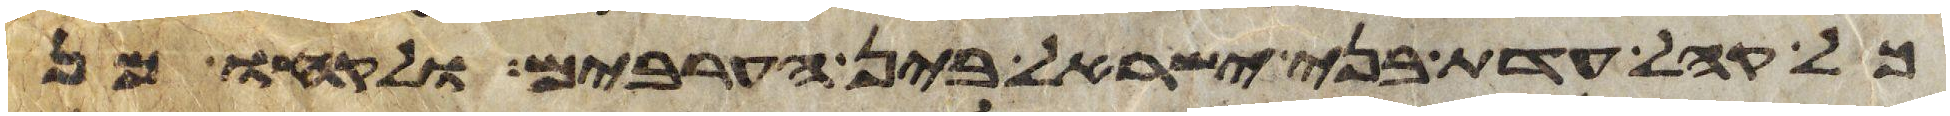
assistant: כל קהל עדת בני ישראל בין הערבים ולקחו מן